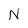
Character: N